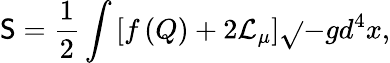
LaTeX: \mathsf{S}=\frac{{1}}{{2}}\int\left[f\left(Q\right)+{2\mathcal{{L}}_{\mu}}\right]\sqrt{}{{-g}}d^{4}x,